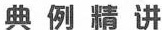
典例精讲